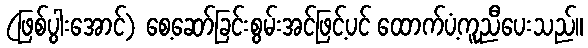
(ဖြစ်ပွါးအောင်) စေ့ဆော်ခြင်းစွမ်းအင်ဖြင့်ပင် ထောက်ပံ့ကူညီပေးသည်။